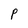
Character: P